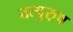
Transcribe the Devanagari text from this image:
तत्पुरु़ष